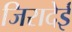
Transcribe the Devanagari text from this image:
जिरादेई